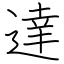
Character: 達